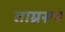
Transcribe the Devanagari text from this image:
ताम्ररूप